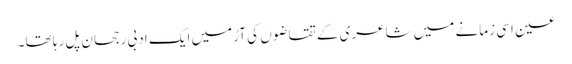
عین اسی زمانے میں شاعری کے تقاضوں کی آڑمیں ایک ادبی رجحان پل رہا تھا۔